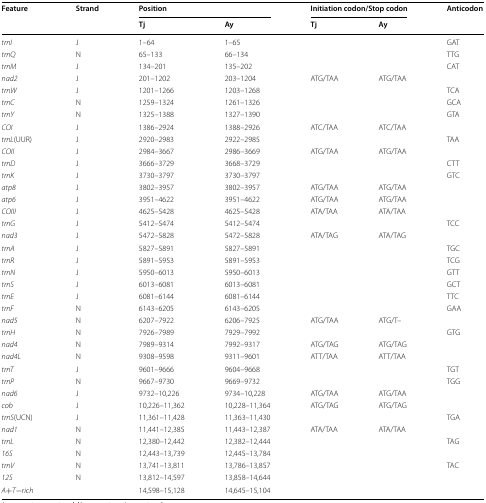
<table><thead><tr><td rowspan="2"><b>Feature</b></td><td rowspan="2"><b>Strand</b></td><td colspan="2"><b>Position</b></td><td colspan="2"><b>Initiation codon/Stop codon</b></td><td rowspan="2"><b>Anticodon</b></td></tr><tr><td><b>Tj</b></td><td><b>Ay</b></td><td><b>Tj</b></td><td><b>Ay</b></td></tr></thead><tbody><tr><td><i>trnI</i></td><td>J</td><td>1–64</td><td>1–65</td><td></td><td></td><td>GAT</td></tr><tr><td><i>trnQ</i></td><td>N</td><td>65–133</td><td>66–134</td><td></td><td></td><td>TTG</td></tr><tr><td><i>trnM</i></td><td>J</td><td>134–201</td><td>135–202</td><td></td><td></td><td>CAT</td></tr><tr><td><i>nad2</i></td><td>J</td><td>201–1202</td><td>203–1204</td><td>ATG/TAA</td><td>ATG/TAA</td><td></td></tr><tr><td><i>trnW</i></td><td>J</td><td>1201–1266</td><td>1203–1268</td><td></td><td></td><td>TCA</td></tr><tr><td><i>trnC</i></td><td>N</td><td>1259–1324</td><td>1261–1326</td><td></td><td></td><td>GCA</td></tr><tr><td><i>trnY</i></td><td>N</td><td>1325–1388</td><td>1327–1390</td><td></td><td></td><td>GTA</td></tr><tr><td><i>COI</i></td><td>J</td><td>1386–2924</td><td>1388–2926</td><td>ATC/TAA</td><td>ATC/TAA</td><td></td></tr><tr><td><i>trnL</i>(UUR)</td><td>J</td><td>2920–2983</td><td>2922–2985</td><td></td><td></td><td>TAA</td></tr><tr><td><i>COII</i></td><td>J</td><td>2984–3667</td><td>2986–3669</td><td>ATG/TAA</td><td>ATG/TAA</td><td></td></tr><tr><td><i>trnD</i></td><td>J</td><td>3666–3729</td><td>3668–3729</td><td></td><td></td><td>CTT</td></tr><tr><td><i>trnK</i></td><td>J</td><td>3730–3797</td><td>3730–3797</td><td></td><td></td><td>GTC</td></tr><tr><td><i>atp8</i></td><td>J</td><td>3802–3957</td><td>3802–3957</td><td>ATG/TAA</td><td>ATG/TAA</td><td></td></tr><tr><td><i>atp6</i></td><td>J</td><td>3951–4622</td><td>3951–4622</td><td>ATG/TAA</td><td>ATG/TAA</td><td></td></tr><tr><td><i>COIII</i></td><td>J</td><td>4625–5428</td><td>4625–5428</td><td>ATA/TAA</td><td>ATA/TAA</td><td></td></tr><tr><td><i>trnG</i></td><td>J</td><td>5412–5474</td><td>5412–5474</td><td></td><td></td><td>TCC</td></tr><tr><td><i>nad3</i></td><td>J</td><td>5472–5828</td><td>5472–5828</td><td>ATA/TAG</td><td>ATA/TAG</td><td></td></tr><tr><td><i>trnA</i></td><td>J</td><td>5827–5891</td><td>5827–5891</td><td></td><td></td><td>TGC</td></tr><tr><td><i>trnR</i></td><td>J</td><td>5891–5953</td><td>5891–5953</td><td></td><td></td><td>TCG</td></tr><tr><td><i>trnN</i></td><td>J</td><td>5950–6013</td><td>5950–6013</td><td></td><td></td><td>GTT</td></tr><tr><td><i>trnS</i></td><td>J</td><td>6013–6081</td><td>6013–6081</td><td></td><td></td><td>GCT</td></tr><tr><td><i>trnE</i></td><td>J</td><td>6081–6144</td><td>6081–6144</td><td></td><td></td><td>TTC</td></tr><tr><td><i>trnF</i></td><td>N</td><td>6143–6205</td><td>6143–6205</td><td></td><td></td><td>GAA</td></tr><tr><td><i>nad5</i></td><td>N</td><td>6207–7922</td><td>6206–7925</td><td>ATG/TAA</td><td>ATG/T–</td><td></td></tr><tr><td><i>trnH</i></td><td>N</td><td>7926–7989</td><td>7929–7992</td><td></td><td></td><td>GTG</td></tr><tr><td><i>nad4</i></td><td>N</td><td>7989–9314</td><td>7992–9317</td><td>ATG/TAG</td><td>ATG/TAG</td><td></td></tr><tr><td><i>nad4L</i></td><td>N</td><td>9308–9598</td><td>9311–9601</td><td>ATT/TAA</td><td>ATT/TAA</td><td></td></tr><tr><td><i>trnT</i></td><td>J</td><td>9601–9666</td><td>9604–9668</td><td></td><td></td><td>TGT</td></tr><tr><td><i>trnP</i></td><td>N</td><td>9667–9730</td><td>9669–9732</td><td></td><td></td><td>TGG</td></tr><tr><td><i>nad6</i></td><td>J</td><td>9732–10,226</td><td>9734–10,228</td><td>ATG/TAA</td><td>ATG/TAA</td><td></td></tr><tr><td><i>cob</i></td><td>J</td><td>10,226–11,362</td><td>10,228–11,364</td><td>ATG/TAG</td><td>ATG/TAG</td><td></td></tr><tr><td><i>trnS</i>(UCN)</td><td>J</td><td>11,361–11,428</td><td>11,363–11,430</td><td></td><td></td><td>TGA</td></tr><tr><td><i>nad1</i></td><td>N</td><td>11,441–12,385</td><td>11,443–12,387</td><td>ATA/TAA</td><td>ATA/TAA</td><td></td></tr><tr><td><i>trnL</i></td><td>N</td><td>12,380–12,442</td><td>12,382–12,444</td><td></td><td></td><td>TAG</td></tr><tr><td><i>16S</i></td><td>N</td><td>12,443–13,739</td><td>12,445–13,784</td><td></td><td></td><td></td></tr><tr><td><i>trnV</i></td><td>N</td><td>13,741–13,811</td><td>13,786–13,857</td><td></td><td></td><td>TAC</td></tr><tr><td><i>12S</i></td><td>N</td><td>13,812–14,597</td><td>13,858–14,644</td><td></td><td></td><td></td></tr><tr><td><i>A</i>+<i>T</i>−<i>rich</i></td><td></td><td>14,598–15,128</td><td>14,645–15,104</td><td></td><td></td><td></td></tr></tbody></table>